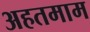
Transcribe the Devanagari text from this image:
अहतमाम